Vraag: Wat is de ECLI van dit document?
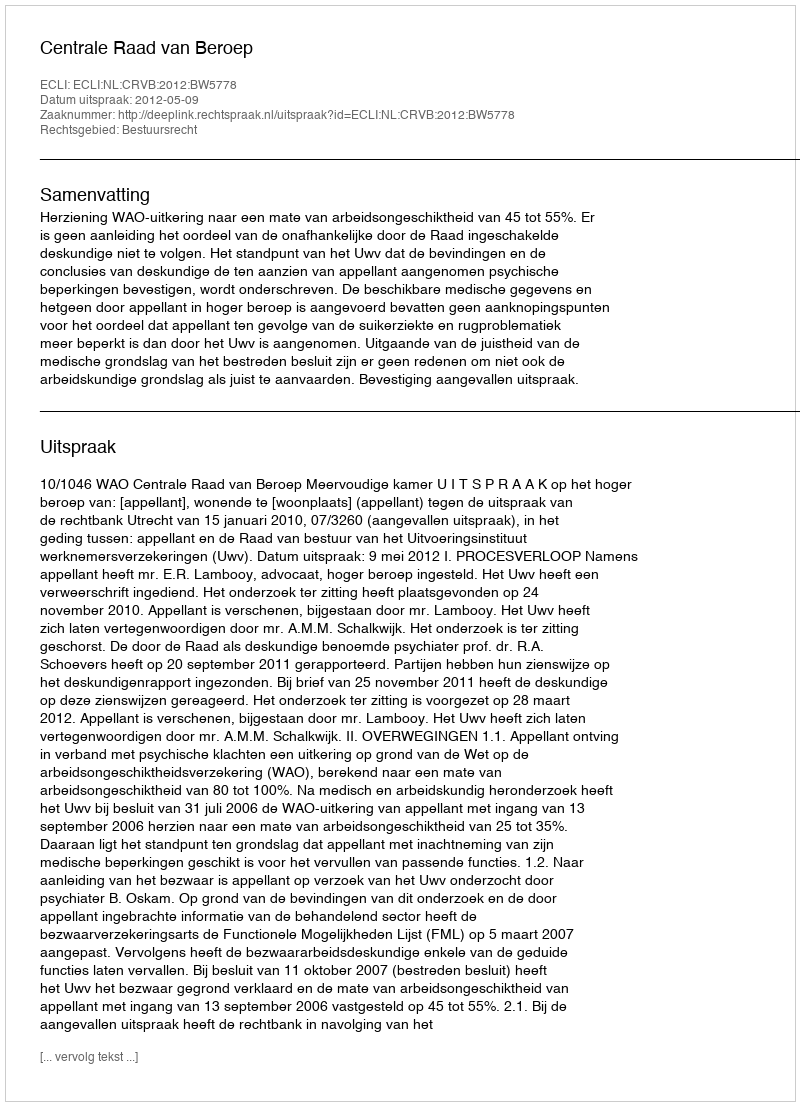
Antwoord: ECLI:NL:CRVB:2012:BW5778